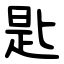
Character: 匙